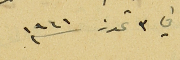
في ٣ تموز سنة ١٩٤١